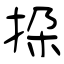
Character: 挅